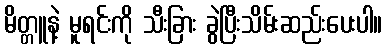
မိတ္တူနဲ့ မူရင်းကို သီးခြား ခွဲပြီးသိမ်းဆည်းပေးပါ။